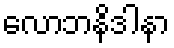
လောဘနိဒါနာ